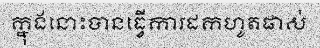
ក្នុងនោះបានធ្វើការដកហូតផាស់